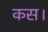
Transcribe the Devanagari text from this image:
कस।